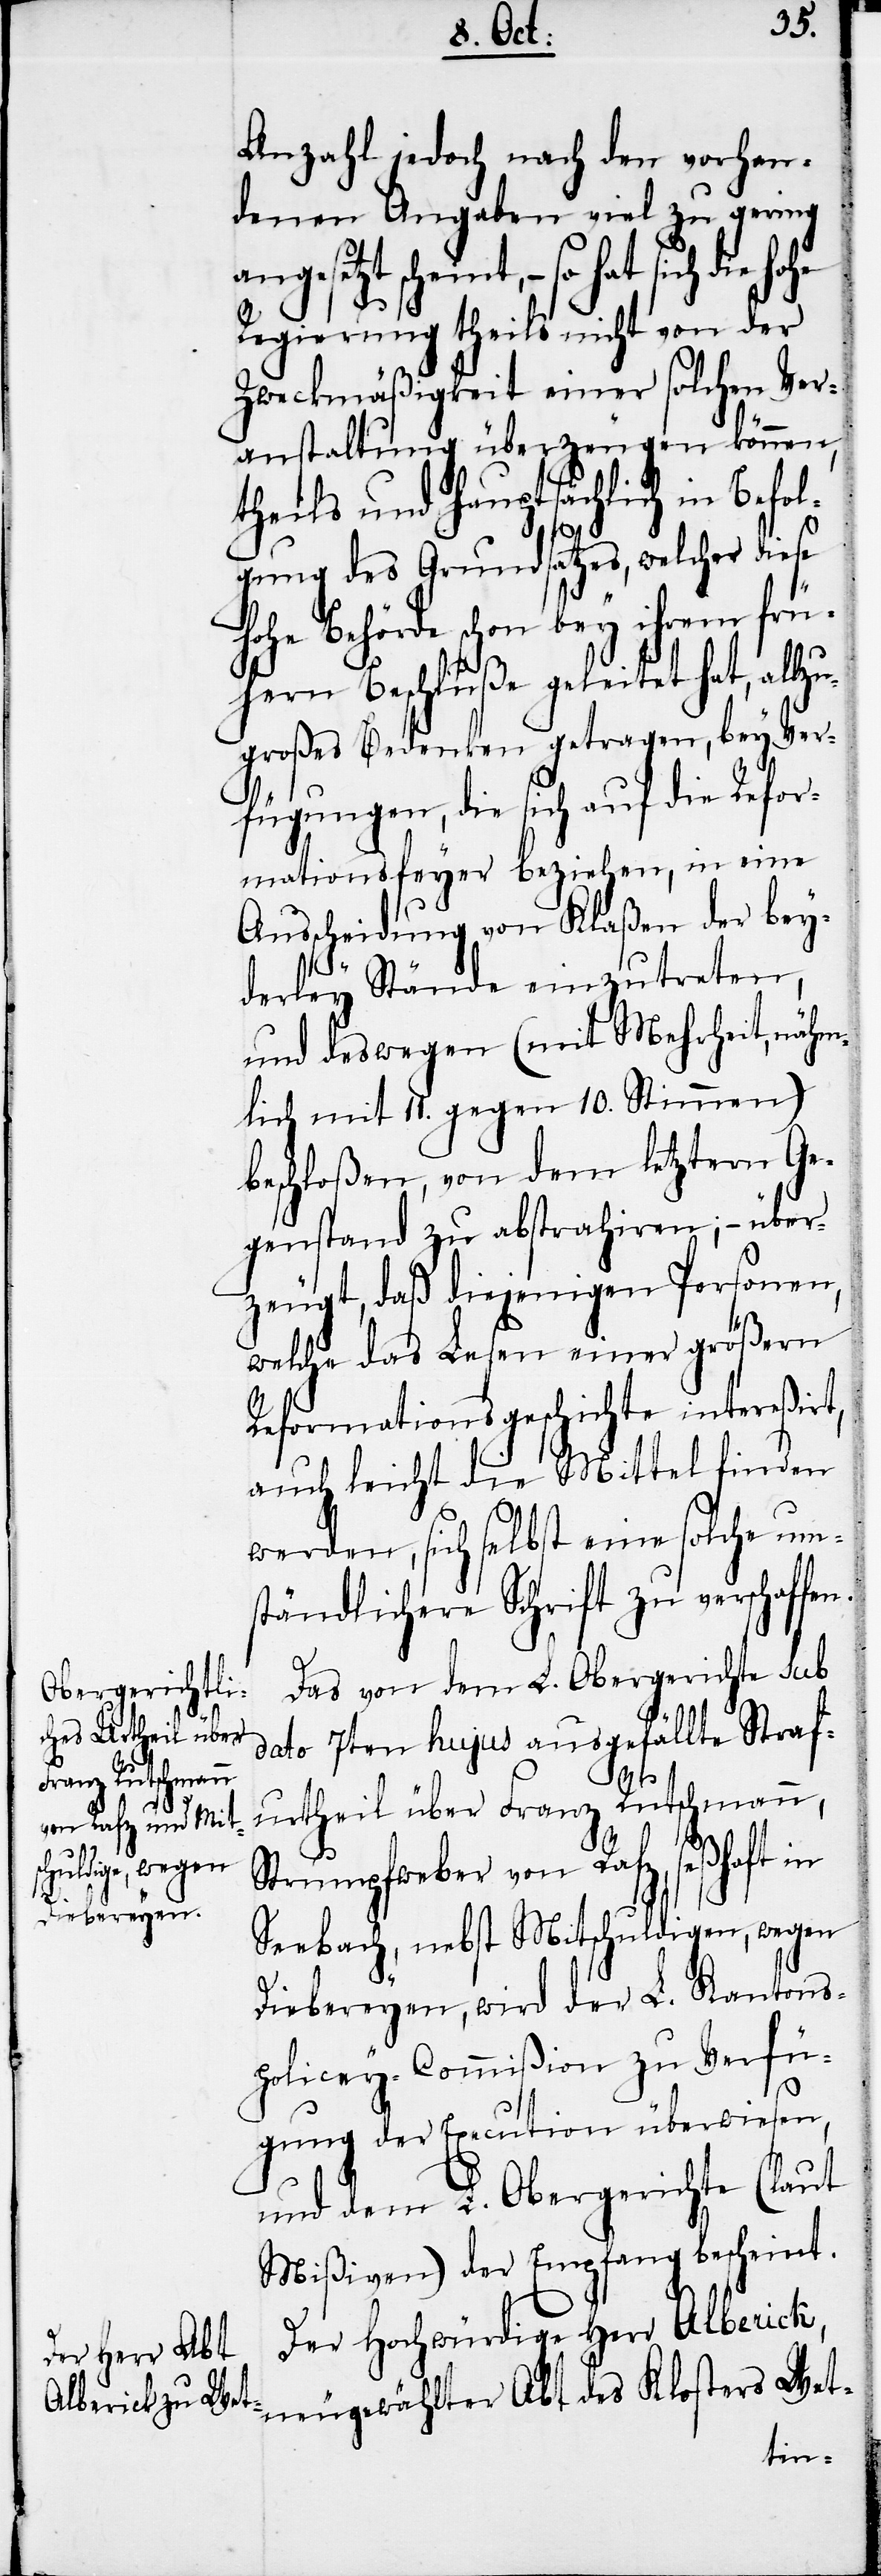
n.

Anzahl jedoch nach den vorhan¬
denen Angaben viel zu gering
angesetzt scheint, − so hat
Regierung theils nicht von der
Zweckmäßigkeit einer solchen Ver¬
anstaltung überzeugen können,
theils und hauptsächlich in Befol¬
gung des Grundsatzes, welcher diese
hohe Behörde schon bey ihrem frü¬
hern Beschluße geleitet hat, allz¬
ugroßes Bedenken getragen, bey Ver¬
fügungen, die sich auf die Refor¬
mationsfeyer beziehen, in eine
Ausscheidung von Klaßen der bey¬
derley Stände einzutreten,
und deswegen (mit Mehrheit, nähm¬
lich mit 11. gegen 10. Stimmen)
beschloßen, von dem letztern Ge¬
genstand zu abstrahiren; − über¬
zeugt, daß diejenigen Personen,
welche das Lesen einer größern
Reformationsgeschichte intereßirt,
auch leicht die Mittel finden
werden, sich selbst eine solche um¬
ständlichere Schrift zu verschaffe¬
Das von dem L. Obergerichte sub
dato 7ten hujus ausgefällte Straf¬
urtheil über Franz Rutschmann,
Strumpfweber von Rafz, seßhaft in
Seebach, nebst Mitschuldigen, wegen
Diebereyen, wird der L. Kantons¬
policey-Commißion zu Verfü¬
gung der Execution überwiesen,
und dem L. Obergerichte (laut
Mißiven) der Empfang bescheint.
Der Hochwürdige Herr Alberick,
neugewählter Abt des Klosters Wet-